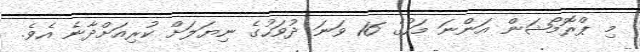
މި ޕްރޮމޯޝަން އަންނަ މަހުގެ 16 ވަނަ ދުވަހުގެ ނިޔަލަށް ކުރިއަށްދާނެ އެވެ.